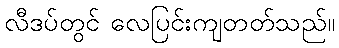
လီဒပ်တွင် လေပြင်းကျတတ်သည်။